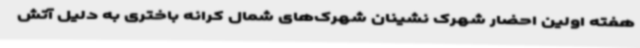
هفته اولین احضار شهرک نشینان شهرک‌های شمال کرانه باختری به دلیل آتش